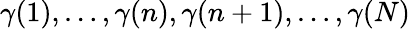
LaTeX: \gamma(1),\ldots,\gamma(n),\gamma(n+1),\ldots,\gamma(N)